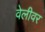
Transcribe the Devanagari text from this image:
वेलीवर